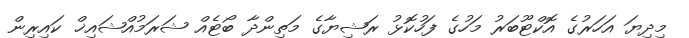
މިދިޔަ އަހަރުގެ އޮކްޓޫބަރު މަހުގެ ފަހުކޮޅު ރަޝިޔާގެ މަތިންދާ ބޯޓެއް ޝަރަމުއްޝައިޚް ކައިރިން